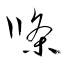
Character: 條